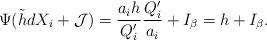
LaTeX: \begin{align*}\Psi(\tilde hdX_i+\mathcal J)=\frac{a_ih}{Q'_i}\frac{Q'_i}{a_i}+I_\beta=h+I_\beta.\end{align*}